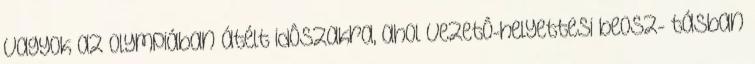
vagyok az Olympiában átélt idôszakra, ahol vezetô-helyettesi beosz- tásban